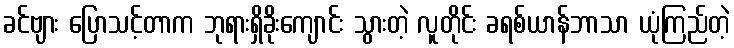
ခင်ဗျား ပြောသင့်တာက ဘုရားရှိခိုးကျောင်း သွားတဲ့ လူတိုင်း ခရစ်ယာန်ဘာသာ ယုံကြည်တဲ့